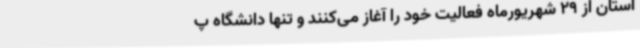
استان از 29 شهریورماه فعالیت خود را آغاز می‌کنند و تنها دانشگاه پ